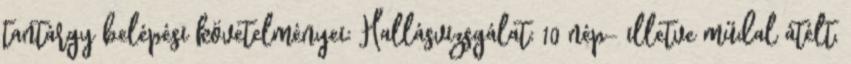
tantárgy belépési követelményei: Hallásvizsgálat: 10 nép- illetve műdal átélt,